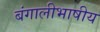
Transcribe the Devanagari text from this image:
बंगालीभाषीय